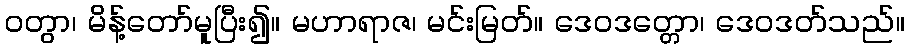
ဝတွာ၊ မိန့်တော်မူပြီး၍။ မဟာရာဇ၊ မင်းမြတ်။ ဒေဝဒတ္တော၊ ဒေဝဒတ်သည်။